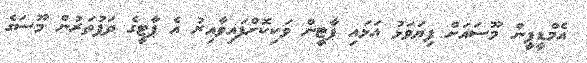
އެމްޑީޕީން މޫސައަށް ފިޔަވަޅު އަޅައި ޕާޓީން ވަކިކޮށްފައިވާއިރު އެ ޕާޓީގެ ދަފުތަރުން މޫސަގެ